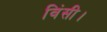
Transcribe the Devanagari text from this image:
विंसी।